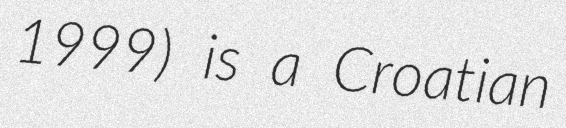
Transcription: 1999) is a Croatian